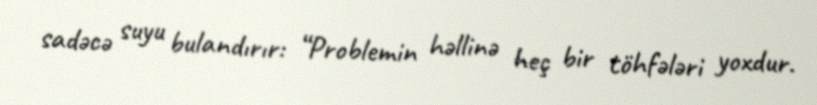
sadəcə suyu bulandırır: “Problemin həllinə heç bir töhfələri yoxdur.